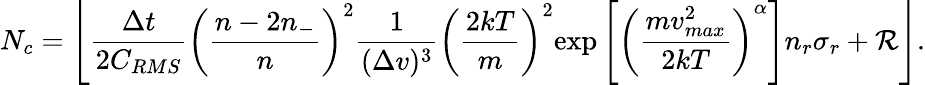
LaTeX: N_{c}=\left\lfloor\frac{\Delta t}{2C_{RMS}}\left(\frac{n-2n_{-}}{n}\right)^{2}\frac{1}{(\Delta v)^{3}}\left(\frac{2kT}{m}\right)^{2}{\exp\left[\left(\frac{mv_{max}^{2}}{2kT}\right)^{\alpha}\right]}{n_{r}\sigma_{r}}+\mathcal{R}\right\rfloor.